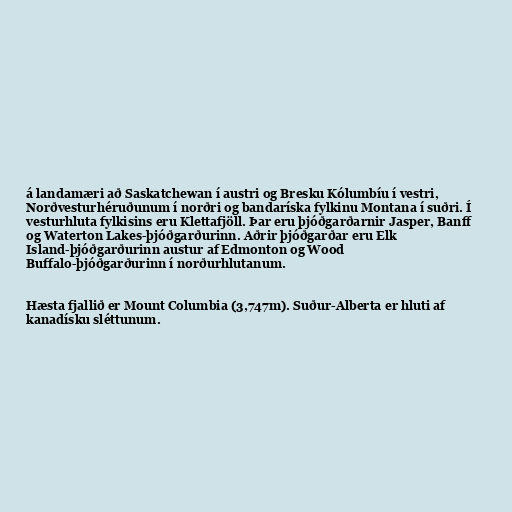
á landamæri að Saskatchewan í austri og Bresku Kólumbíu í vestri,
Norðvesturhéruðunum í norðri og bandaríska fylkinu Montana í suðri. Í
vesturhluta fylkisins eru Klettafjöll. Þar eru þjóðgarðarnir Jasper, Banff
og Waterton Lakes-þjóðgarðurinn. Aðrir þjóðgarðar eru Elk
Island-þjóðgarðurinn austur af Edmonton og Wood
Buffalo-þjóðgarðurinn í norðurhlutanum.

Hæsta fjallið er Mount Columbia (3,747m). Suður-Alberta er hluti af
kanadísku sléttunum.